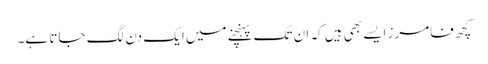
کچھ فامرز ایسے بھی ہیں کہ ان تک پہنچنے میں ایک دن لگ جاتا ہے۔